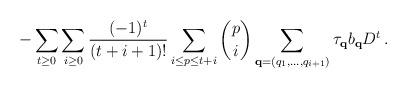
LaTeX: \begin{align*}- \sum_{t \ge 0} \sum_{i \ge 0} \frac{(-1)^{t}}{(t+i+1)!} \sum_{i \le p \le t+i} \binom{p}{i} \sum_{\bold{q} = (q_1,\ldots,q_{i+1})} \tau_{\bold{q}} b_{\bold{q}} D^{t}\,.\end{align*}